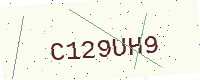
Text: C129UH9